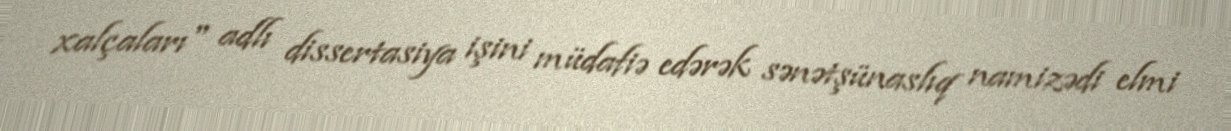
xalçaları" adlı dissertasiya işini müdafiə edərək sənətşünaslıq namizədi elmi